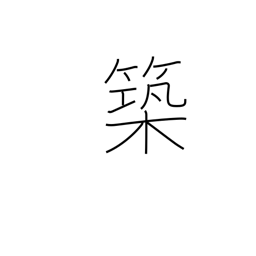
Meaning: fabricate